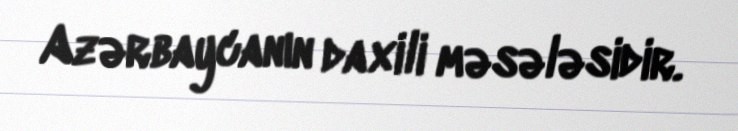
Azərbaycanın daxili məsələsidir.